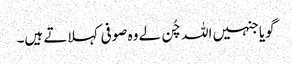
گویا جنہیں اللہ چُن لے وہ صوفی کہلاتے ہیں۔